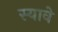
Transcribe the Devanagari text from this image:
स्यावे